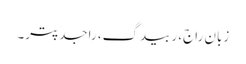
زبان راج، رَبیدگ، راجدَپتر۔